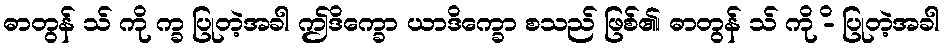
ဓာတွန် သ် ကို က္ခ ပြုတဲ့အခါ ဤဒိက္ခော ယာဒိက္ခော စသည် ဖြစ်၏၊ ဓာတွန် သ် ကို -ိ ပြုတဲ့အခါ